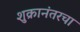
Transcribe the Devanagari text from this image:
शुक्रानंतरचा